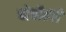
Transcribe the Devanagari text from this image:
चोचीतले